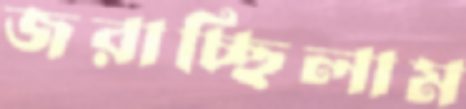
জরাচ্ছিলাম